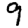
Digit: 9